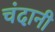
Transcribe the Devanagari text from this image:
चंदानी